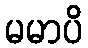
မမာပိ